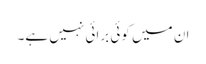
ان میں کوئی برائی نہیں ہے۔